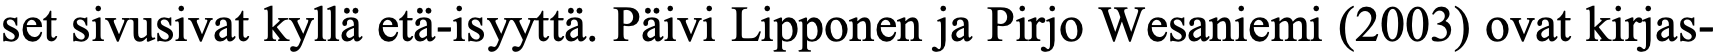
set sivusivat kyllä etä-isyyttä. Päivi Lipponen ja Pirjo Wesaniemi (2003) ovat kirjas-